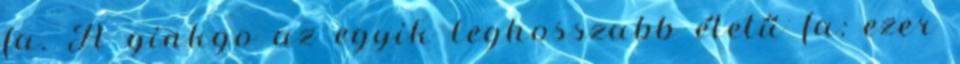
fa. A ginkgo az egyik leghosszabb életű fa: ezer